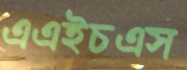
এএইচএস